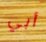
أبي